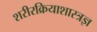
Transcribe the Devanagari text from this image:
शरीरक्रियाशास्त्रज्ञ